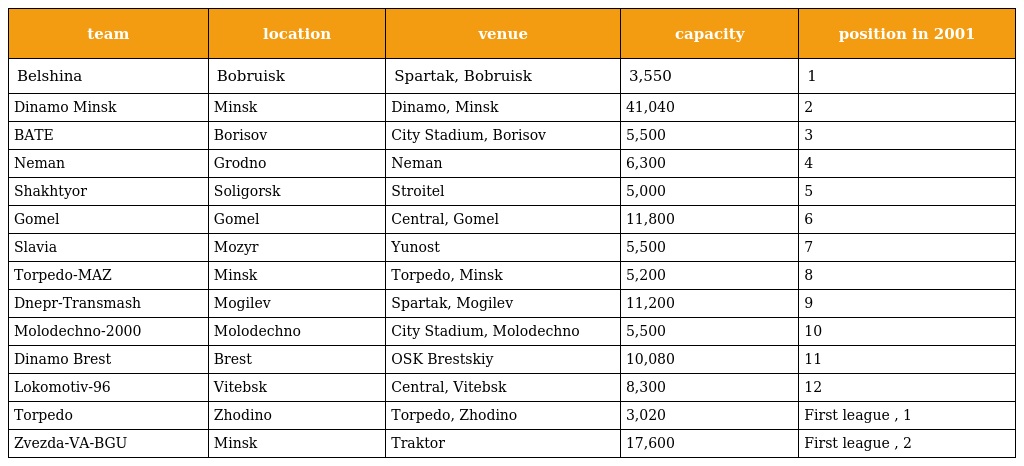
| team | location | venue | capacity | position in 2001 |
 | --- | --- | --- | --- | --- |
 | Belshina | Bobruisk | Spartak, Bobruisk | 3,550 | 1 |
 | Dinamo Minsk | Minsk | Dinamo, Minsk | 41,040 | 2 |
 | BATE | Borisov | City Stadium, Borisov | 5,500 | 3 |
 | Neman | Grodno | Neman | 6,300 | 4 |
 | Shakhtyor | Soligorsk | Stroitel | 5,000 | 5 |
 | Gomel | Gomel | Central, Gomel | 11,800 | 6 |
 | Slavia | Mozyr | Yunost | 5,500 | 7 |
 | Torpedo-MAZ | Minsk | Torpedo, Minsk | 5,200 | 8 |
 | Dnepr-Transmash | Mogilev | Spartak, Mogilev | 11,200 | 9 |
 | Molodechno-2000 | Molodechno | City Stadium, Molodechno | 5,500 | 10 |
 | Dinamo Brest | Brest | OSK Brestskiy | 10,080 | 11 |
 | Lokomotiv-96 | Vitebsk | Central, Vitebsk | 8,300 | 12 |
 | Torpedo | Zhodino | Torpedo, Zhodino | 3,020 | First league , 1 |
 | Zvezda-VA-BGU | Minsk | Traktor | 17,600 | First league , 2 |